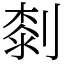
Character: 㓼